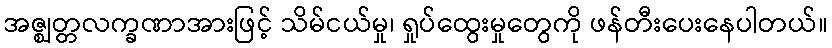
အဇ္ဈတ္တလက္ခဏာအားဖြင့် သိမ်ငယ်မှု၊ ရှုပ်ထွေးမှုတွေကို ဖန်တီးပေးနေပါတယ်။